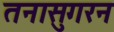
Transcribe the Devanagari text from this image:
तनासुगरन